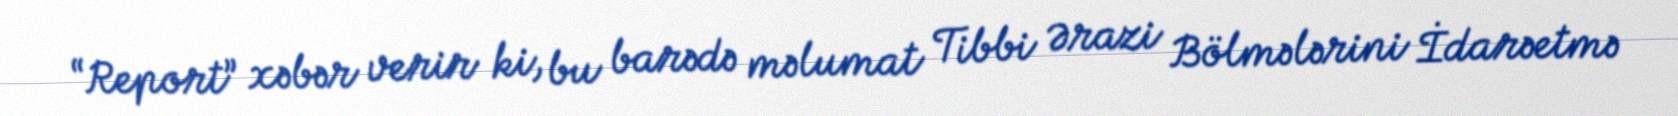
“Report” xəbər verir ki, bu barədə məlumat Tibbi Ərazi Bölmələrini İdarəetmə